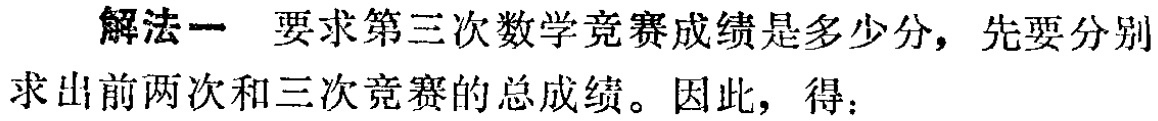
解法一 要求第三次数学竞赛成绩是多少分，先要分别求出前两次和三次竞赛的总成绩。因此，得：